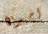
اخبريها